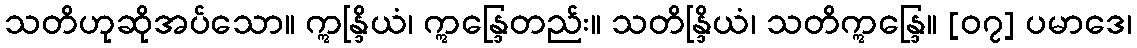
သတိဟုဆိုအပ်သော။ ဣန္ဒြိယံ၊ ဣန္ဒြေတည်း။ သတိန္ဒြိယံ၊ သတိဣန္ဒြေ။ [၀၇] ပမာဒေ၊